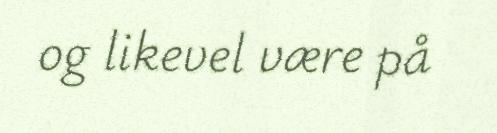
og likevel være på